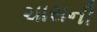
ચાસની